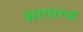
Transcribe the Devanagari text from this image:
सरायगढ